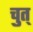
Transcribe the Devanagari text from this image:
चुत्